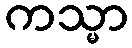
ကသ္မာ